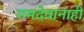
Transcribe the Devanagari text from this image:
रामदेवानाही